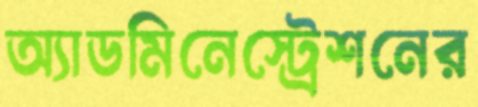
অ্যাডমিনেস্ট্রেশনের